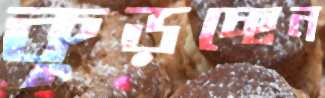
কুড়চ্ছেন